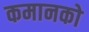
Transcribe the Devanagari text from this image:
कमानको